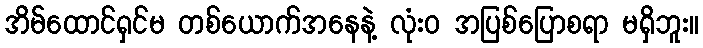
အိမ်ထောင်ရှင်မ တစ်ယောက်အနေနဲ့ လုံးဝ အပြစ်ပြောစရာ မရှိဘူး။